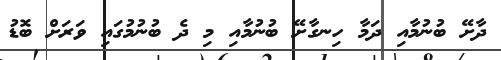
ދާށޭ ބުނުމާއި ދަމާ ހިނގާށޭ ބުނުމާއި މި ދެ ބުނުމުގައި ވަރަށް ބޮޑު